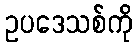
ဥပဒေသစ်ကို